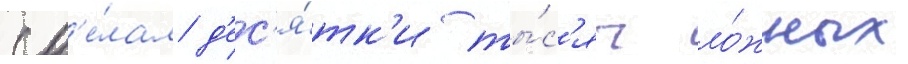
сд'е́лал д'ес'я́тк'и ты́с'яч ло́жных